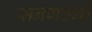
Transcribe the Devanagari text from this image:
सनगठनों